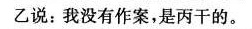
乙说：我没有作案，是丙干的。